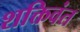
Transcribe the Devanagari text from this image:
शक्तिवंत